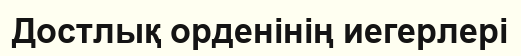
Достлық орденінің иегерлері